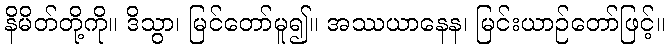
နိမိတ်တို့ကို။ ဒိသွာ၊ မြင်တော်မူ၍။ အဿယာနေန၊ မြင်းယာဉ်တော်ဖြင့်။